Report of the Imperial Institute of Veterinary Research, Muktesar
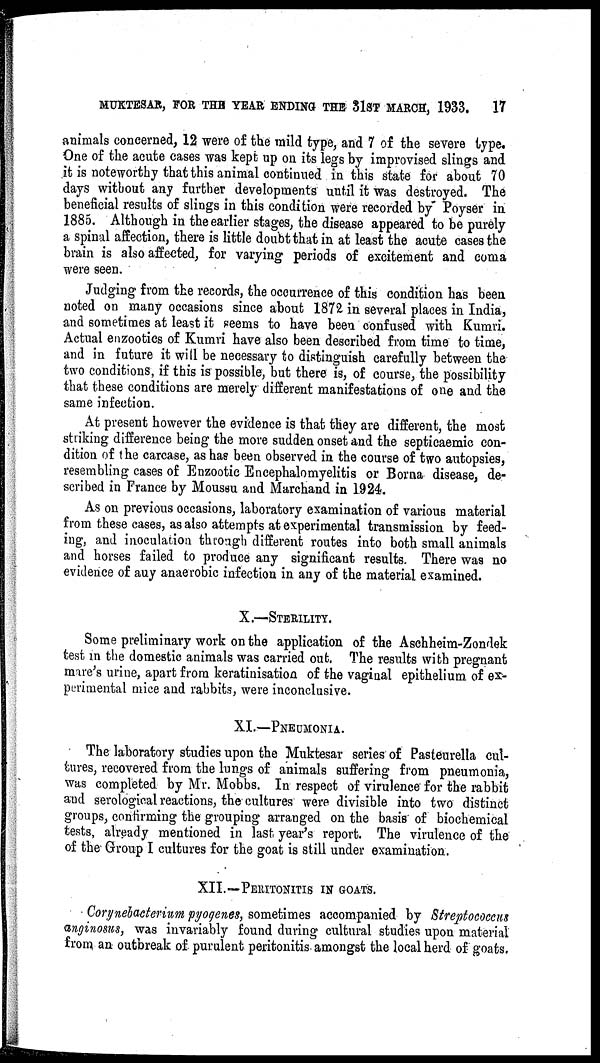
MUKTESAR, FOR THE YEAR ENDING THE 31ST MARCH, 1933.
17
animals concerned, 12 were of the mild type, and 7 of the severe type.
One of the acute cases was kept up on its legs by improvised slings and
it is noteworthy that this animal continued in this state for about 70
days without any further developments until it was destroyed. The
beneficial results of slings in this condition were recorded by Poyser in
1885. Although in the earlier stages, the disease appeared to be purely
a spinal affection, there is little doubt that in at least the acute cases the
brain is also affected, for varying periods of excitement and coma
were seen.
Judging from the records, the occurrence of this condition has been
noted on many occasions since about 1872 in several places in India,
and sometimes at least it seems to have been confused with Kumri.
Actual enzootics of Kumri have also been described from time to time,
and in future it will be necessary to distinguish carefully between the
two conditions, if this is possible, but there is, of course, the possibility
that these conditions are merely different manifestations of one and the
same infection.
At present however the evidence is that they are different, the most
striking difference being the more sudden onset and the septicaemic con-
dition of the carcase, as has been observed in the course of two autopsies,
resembling cases of Enzootic Encephalomyelitis or Borna disease, de-
scribed in France by Moussu and Marchand in 1924.
As on previous occasions, laboratory examination of various material
from these cases, as also attempts at experimental transmission by feed-
ing, and inoculation through different routes into both small animals
and horses failed to produce any significant results. There was no
evidence of any anaerobic infection in any of the material examined.
X.—STERILITY.
Some preliminary work on the application of the Aschheim-Zondek
test in the domestic animals was carried out. The results with pregnant
mare's urine, apart from keratinisation of the vaginal epithelium of ex-
perimental mice and rabbits, were inconclusive.
XI.—PNEUMONIA.
The laboratory studies upon the Muktesar series of Pasteurella cul-
tures, recovered from the lungs of animals suffering from pneumonia,
was completed by Mr. Mobbs. In respect of virulence for the rabbit
and serological reactions, the cultures were divisible into two distinct
groups, confirming the grouping arranged on the basis of biochemical
tests, already mentioned in last year's report. The virulence of the
of the Group I cultures for the goat is still under examination.
XII.—PERITONITIS IN GOATS.
Corynebacterium pyogenes, sometimes accompanied by Streptococcus
anginosus, was invariably found during cultural studies upon material
from an outbreak of purulent peritonitis amongst the local herd of goats.